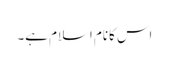
اس کانام اسلام ہے۔